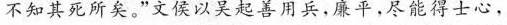
不知其死所矣。”文侯以美起善用兵，廉平，尽能得士心，